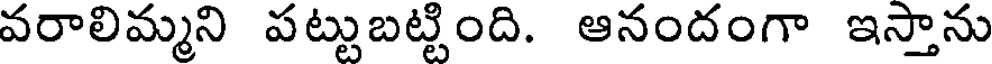
వరాలిమ్మని పట్టుబట్టింది. ఆనందంగా ఇస్తాను